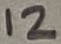
Text: 12